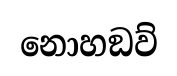
නොහඞව්